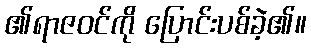
၏ရာဇဝင်ကို ပြောင်းပစ်ခဲ့၏။